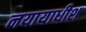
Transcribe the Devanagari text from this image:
नयायाधीश